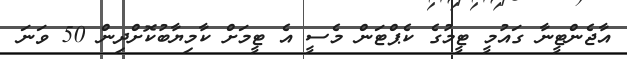
އާޖެންޓީނާ ގައުމީ ޓީމުގެ ކެޕްޓަން މެސީ އެ ޓީމަށް ކާމިޔާބުކޮށްދިން 50 ވަނަ